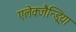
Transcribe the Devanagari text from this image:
एलेक्जैन्ड्रिया